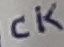
Text: CK